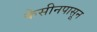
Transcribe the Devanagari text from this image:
केसीनपासून